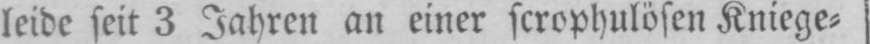
leide seit 3 Jahren an einer scrophulösen Kniege⸗